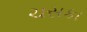
ચસકા